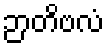
ဉာတိဗလံ